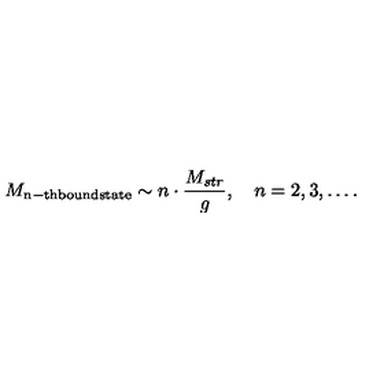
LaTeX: M _ { \mathrm { n - t h b o u n d s t a t e } } \sim n \cdot \frac { M _ { s t r } } { g } , \quad n = 2 , 3 , \ldots .